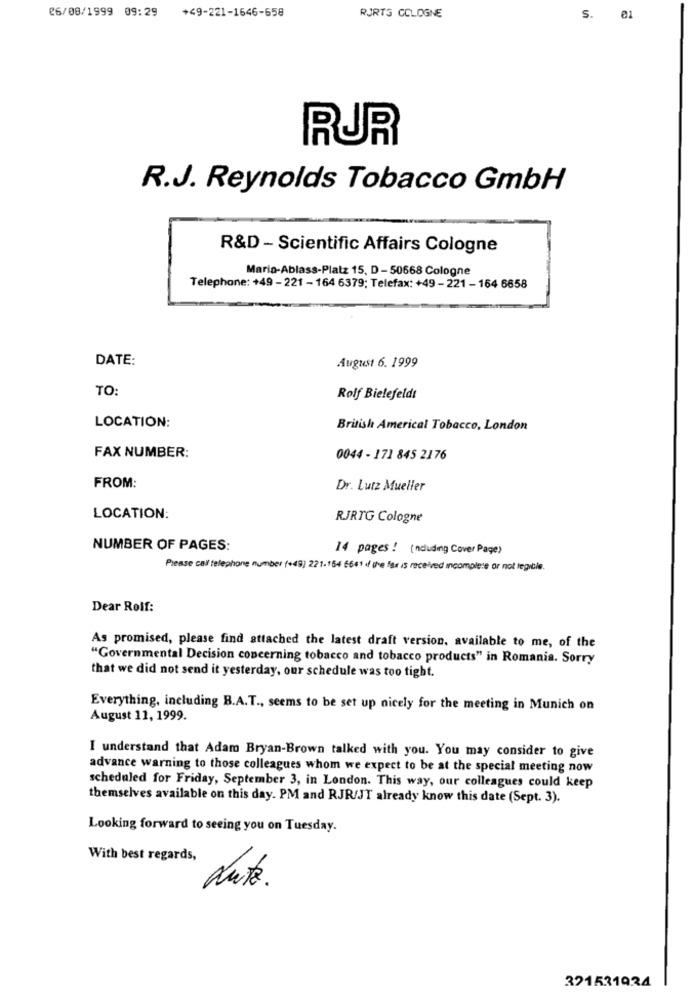
26/08/1999 09:29 +49-221-1646-658
RJRTS COLOGNE
S.
RUR
R.J. Reynolds Tobacco GmbH
R&D - Scientific Affairs Cologne
Mario-Ablass-Platz 15, D - 50668 Cologne
Telephone: +49 - 221 - 164 6379; Telefax: +49 - 221 - 164 6658
DATE:
August 6. 1999
TO:
Rolf Bielefeldt
LOCATION:
British Americal Tobacco, London
FAX NUMBER:
0044 - 171 845 2176
FROM:
Dr. Lutz Mueller
LOCATION:
RJRTG Cologne
NUMBER OF PAGES:
14 pages! (nouding Cover Page)
Please cal telephone number (+49) 221.164 6661 of the far is received incomplete or not legible.
Dear Rolf:
As promised, please find attached the latest draft version, available to me, of the
"Governmental Decision concerning tobacco and tobacco products" in Romania. Sorry
that we did not send it yesterday, our schedule was too tight.
Everything, including B.A.T ., seems to be set up nicely for the meeting in Munich on
August 11, 1999.
I understand that Adam Bryan-Brown talked with you. You may consider to give
advance warning to those colleagues whom we expect to be at the special meeting now
scheduled for Friday, September 3, in London. This way, our colleagues could keep
themselves available on this day. PM and RJR/JT already know this date (Sept. 3).
Looking forward to seeing you on Tuesday.
With best regards,
Lute.
321531924